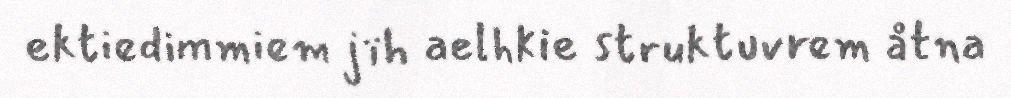
ektiedimmiem jïh aelhkie struktuvrem åtna